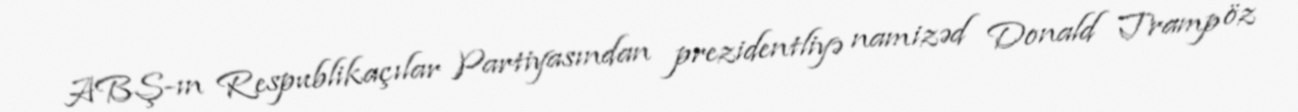
ABŞ-ın Respublikaçılar Partiyasından prezidentliyə namizəd Donald Tramp öz